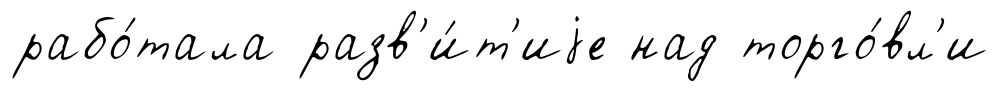
рабо́тала разв'и́т'иjе над торго́вл'и